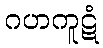
ဂဟကူဋံ